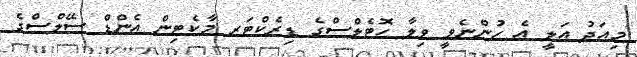
މިއަދު އަލީ އެ ހުންނެވީ ވިލާ ހޮޓެލްސްގެ ޑިރެކްޓަރ މާކެޓިން އެންޑް ސޭލްސްގެ